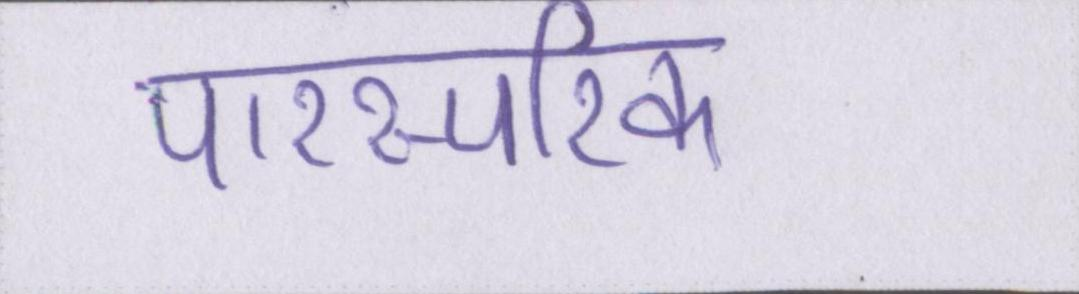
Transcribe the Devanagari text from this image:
पारस्परिक